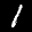
Label: 1